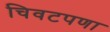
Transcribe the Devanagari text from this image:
चिवटपणा